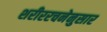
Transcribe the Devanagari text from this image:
शरीररचनेनुसार